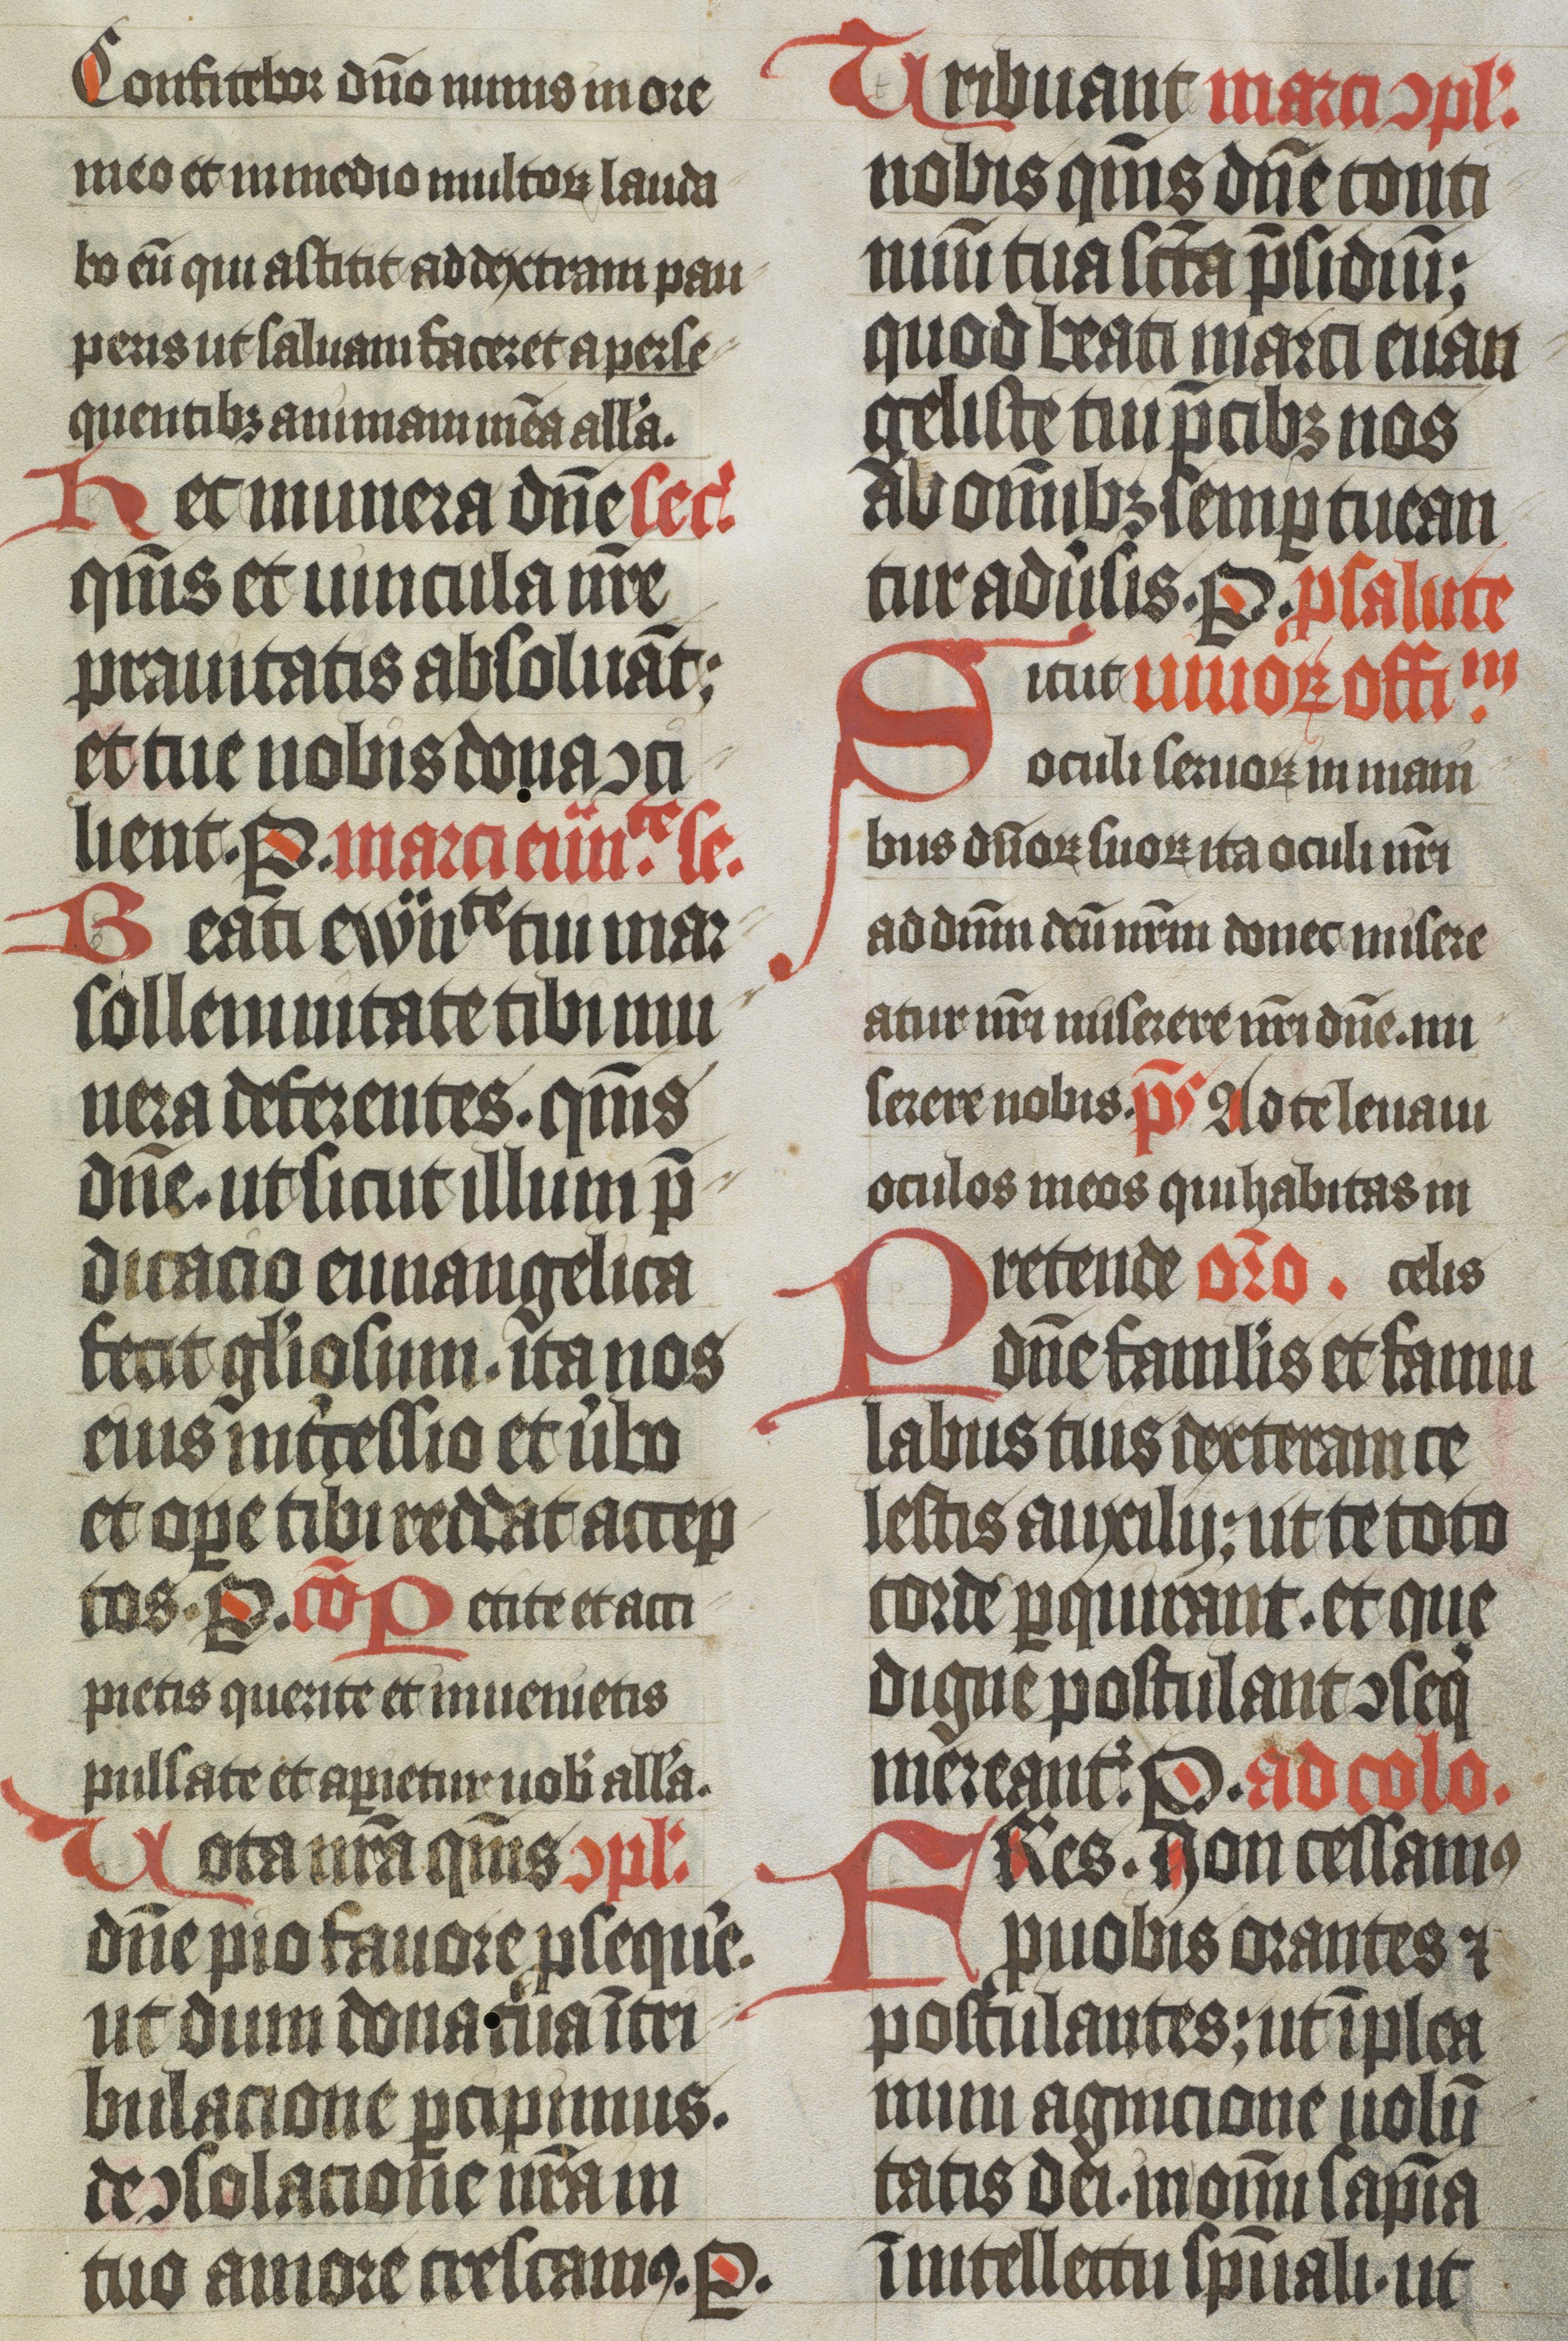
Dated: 1400–1499